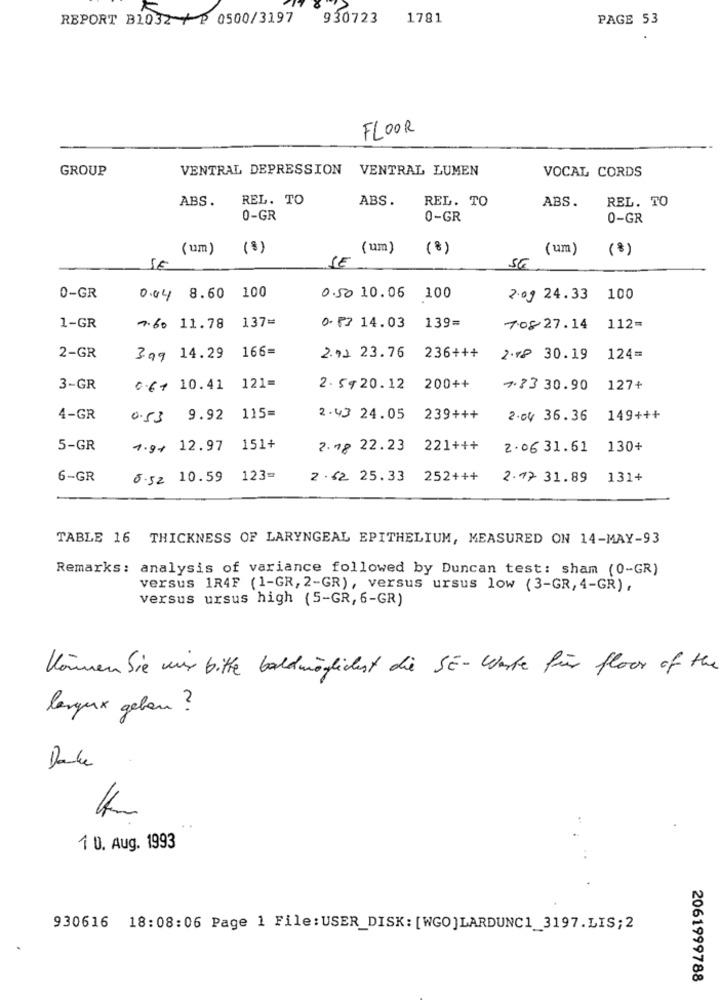
REPORT B1032 + 0500/3197
930723
1781
PAGE 53
FLOOR
GROUP
VENTRAL DEPRESSION
VENTRAL LUMEN
VOCAL CORDS
ABS. REL. TO
ABS.
REL. TO
ABS.
RBL. TO
0-GR
0-GR
0-GR
( um)
(8)
( um )
(8)
(um) (8)
SE
SE
0-GR
0.04 8.60 100
0.50 10.06 100
2.09 24.33
100
137=
1-GR
4.60 11.78
0.F? 14.03
139=
708 27.14
112=
166=
2-GR
3.99 14.29
2.92 23.76
236+++
2.78 30.19
124=
3-GR
0.6 + 10.41
121=
2.5920.12 200++
+33 30.90
127+
4-GR
0.53 9.92
115=
2.43 24.05
239+++
2.04 36.36
149+++
5-GR
4.9+ 12.97
151+
2.18 22.23
221+++
2.06 31.61 130+
6-GR
8.52 10.59
123=
2 · ≤2 25.33 252+++
2.17 31.89
131+
TABLE 16 THICKNESS OF LARYNGEAL EPITHELIUM, MEASURED ON 14-MAY-93
Remarks: analysis of variance followed by Duncan test: sham (0-GR)
versus 1R4F (1-GR, 2-GR), versus ursus low (3-GR, 4-GR),
versus ursus high (5-GR, 6-GR)
Können Sie mir bitte baldmöglichst die SE- Werte für floor of the
lengux geben ?
..
1 0. Aug. 1993
930616 18:08:06 Page 1 File: USER_DISK: [WGO]LARDUNC1_3197.LIS;2
2061999788